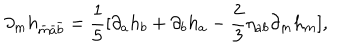
LaTeX: \partial _ { m } h _ { \bar { m } \bar { a } \bar { b } } = \frac { 1 } { 5 } [ \partial _ { a } h _ { b } + \partial _ { b } h _ { a } - \frac { 2 } { 3 } \eta _ { a b } \partial _ { m } h _ { m } ] ,